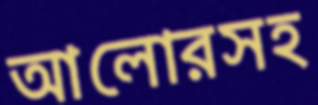
আলোরসহ